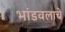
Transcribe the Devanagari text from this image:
भांडवलाचे